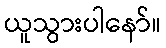
ယူသွားပါနော်။